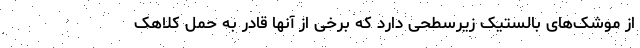
از موشک‌های بالستیک زیرسطحی دارد که برخی از آنها قادر به حمل کلاهک